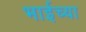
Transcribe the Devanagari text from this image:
भाईच्या